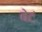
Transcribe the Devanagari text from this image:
बेटं